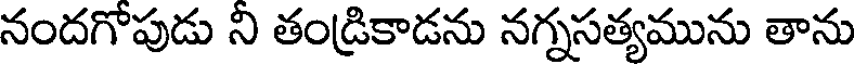
నందగోపుడు ని తండ్రికాడను నగ్నసత్యమును తాను